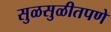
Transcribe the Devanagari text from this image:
सुळसुळीतपणे